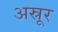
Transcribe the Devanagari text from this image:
अस्रूर